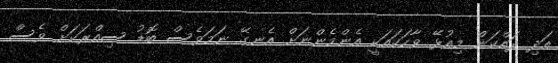
އަދި ދައްކަން މިއުޅޭ ވާހަކައަކީ އެންމެންނަށް އެނގޭ ނަމަވެސް ބޮޑު ސިއްރަކަށް ވެސް